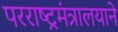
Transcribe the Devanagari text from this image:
परराष्ट्रमंत्रालयाने